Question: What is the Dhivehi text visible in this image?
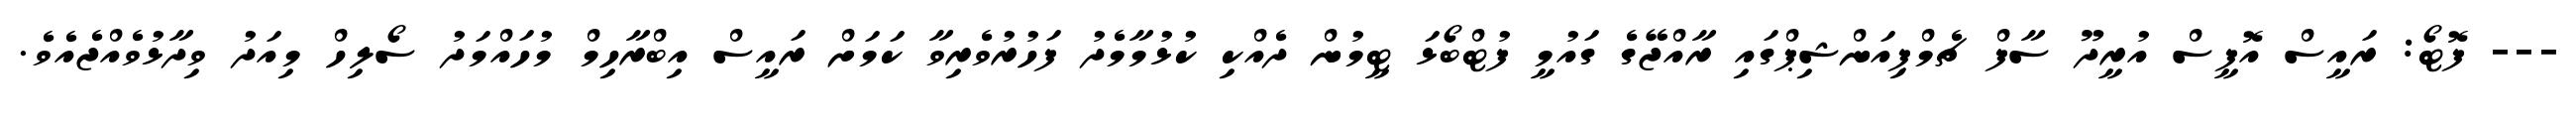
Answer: --- ފޮޓޯ: ރައީސް އޮފީސް އުރީދޫ ސާފް ޗެމްޕިއަންޝިޕްގައި ރާއްޖޭގެ ގައުމީ ފުޓްބޯޅަ ޓީމުން ދެއްކި ކުޅުމާމެދު ފަހުރުވެރިވާ ކަމަށް ރައީސް އިބްރާހިމް މުހައްމަދު ސޯލިހް މިއަދު ވިދާޅުވެއްޖެއެވެ.